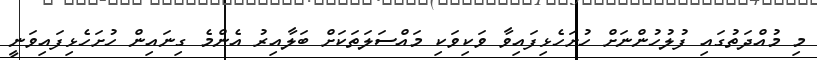
މި މުއްދަތުގައި ފުލުހުންނަށް ހުށަހެޅިފައިވާ ވަކިވަކި މައްސަލަތަކަށް ބަލާއިރު އެންމެ ގިނައިން ހުށަހެޅިފައިވަނީ